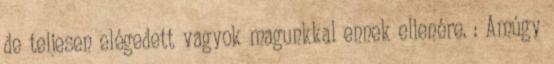
de teljesen elégedett vagyok magunkkal ennek ellenére. : Amúgy